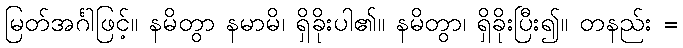
မြတ်အင်္ဂါဖြင့်။ နမိတွာ နမာမိ၊ ရှိခိုးပါ၏။ နမိတွာ၊ ရှိခိုးပြီး၍။ တနည်း =